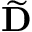
\widetilde { \mathbf { D } }